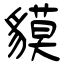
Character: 貘